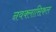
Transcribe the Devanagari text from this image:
नवक्लासिकल